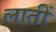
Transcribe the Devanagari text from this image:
लातीं